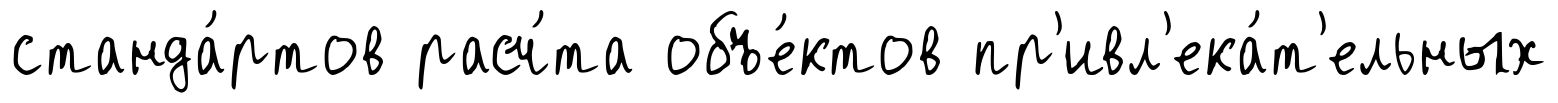
станда́ртов расч́та объе́ктов пр'ивл'ека́т'ельных